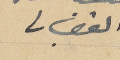
الفغالي